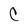
Character: C